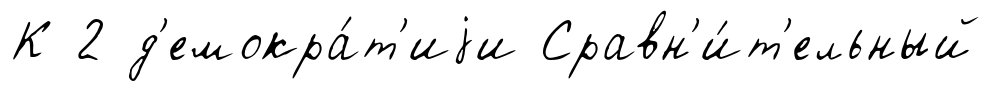
К 2 д'емокра́т'иjи Сравн'и́т'ельный